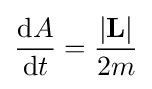
{\frac {\mathrm {d} A}{\mathrm {d} t}}={\frac {\left|\mathbf {L} \right|}{2m}}\,\!